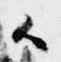
候